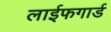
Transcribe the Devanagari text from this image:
लाईफगार्ड